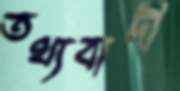
তথ্যবাদী